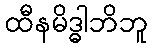
ထီနမိဒ္ဓါဘိဘူ